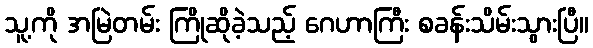
သူ့ကို အမြဲတမ်း ကြိုဆိုခဲ့သည့် ဂေဟာကြီး စခန်းသိမ်းသွားပြီ။